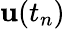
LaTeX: \mathbf{u}(t_{n})